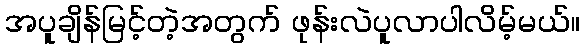
အပူချိန်မြင့်တဲ့အတွက် ဖုန်းလဲပူလာပါလိမ့်မယ်။